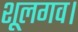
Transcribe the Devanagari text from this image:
शूलगव।